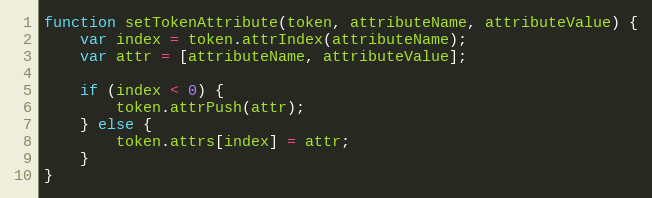
Language: JavaScript
function setTokenAttribute(token, attributeName, attributeValue) {
    var index = token.attrIndex(attributeName);
    var attr = [attributeName, attributeValue];

    if (index < 0) {
        token.attrPush(attr);
    } else {
        token.attrs[index] = attr;
    }
}